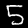
Label: 5